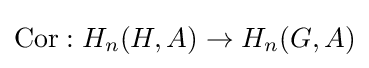
\mathrm {Cor} :H_{n}(H,A)\to H_{n}(G,A)